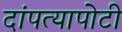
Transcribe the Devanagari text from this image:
दांपत्यापोटी